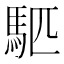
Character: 𫘇